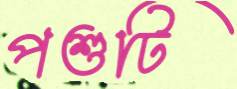
পশুটি